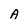
Character: A